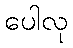
ပေါလု